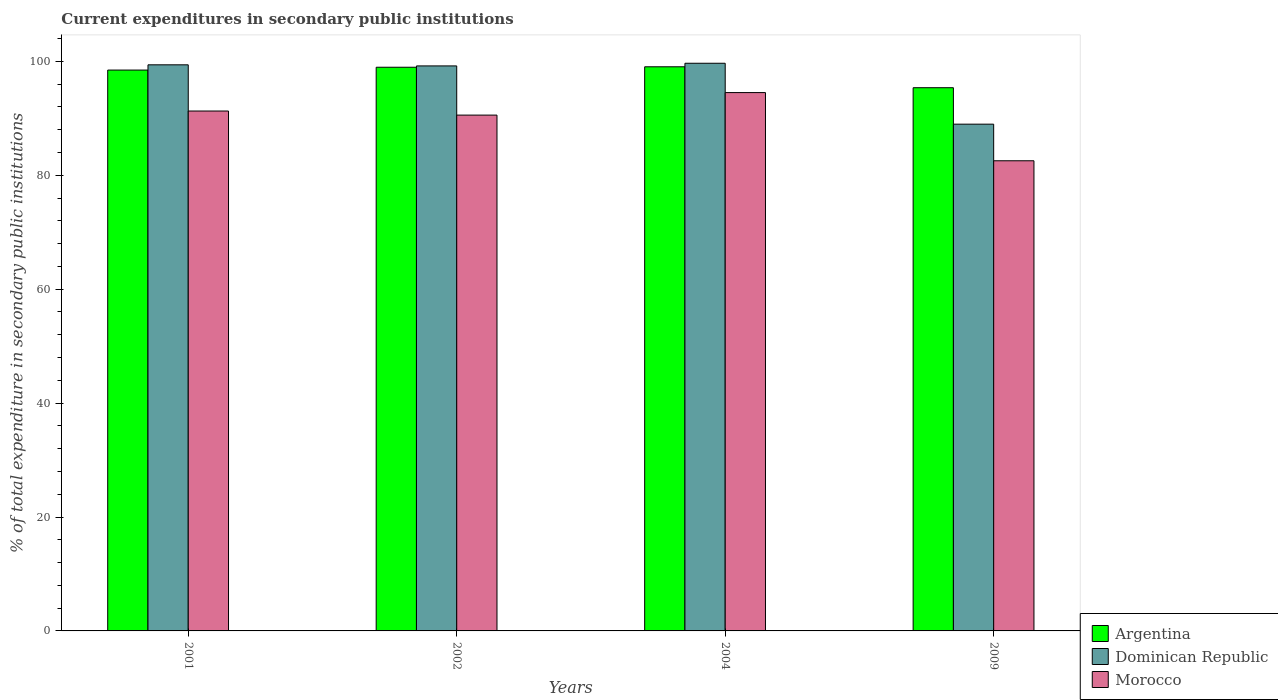
| Years | Argentina | Dominican Republic | Morocco |
 | --- | --- | --- | --- |
 | 2001 | 98.5 | 99.4 | 91.3 |
 | 2002 | 99 | 99.2 | 90.6 |
 | 2004 | 99.1 | 99.7 | 94.5 |
 | 2009 | 95.4 | 89 | 82.6 |